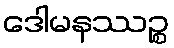
ဒေါမနဿဉ္စ